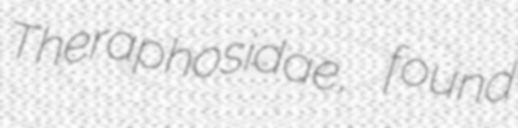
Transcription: Theraphosidae, found